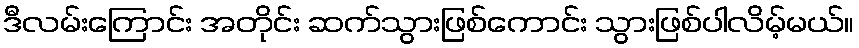
ဒီလမ်းကြောင်း အတိုင်း ဆက်သွားဖြစ်ကောင်း သွားဖြစ်ပါလိမ့်မယ်။